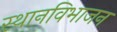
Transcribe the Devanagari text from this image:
स्थानविभाजन